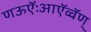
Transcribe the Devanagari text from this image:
णऊऍःआऍव्वॅण्